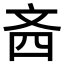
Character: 𪯣